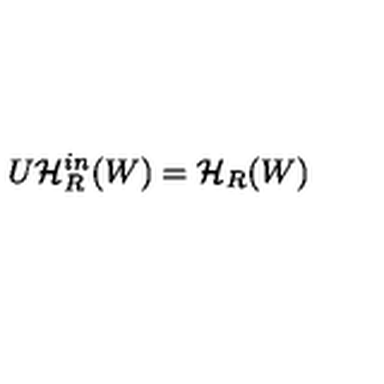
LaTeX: U \mathcal { H } _ { R } ^ { i n } ( W ) = \mathcal { H } _ { R } ( W )